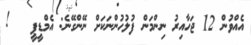
އެއްވުން 12 ޖަހާއިރު ނިންމަން ފުލުހުންނަަކަށް ނޭންގޭނެ: އެމްޑީޕީ   !